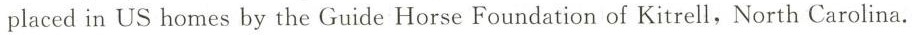
placed in US homes by the Guide Horse Foundation of Kitrell,North Carolina.